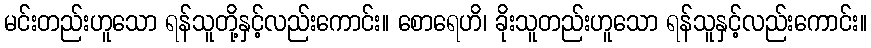
မင်းတည်းဟူသော ရန်သူတို့နှင့်လည်းကောင်း။ စောရေဟိ၊ ခိုးသူတည်းဟူသော ရန်သူနှင့်လည်းကောင်း။